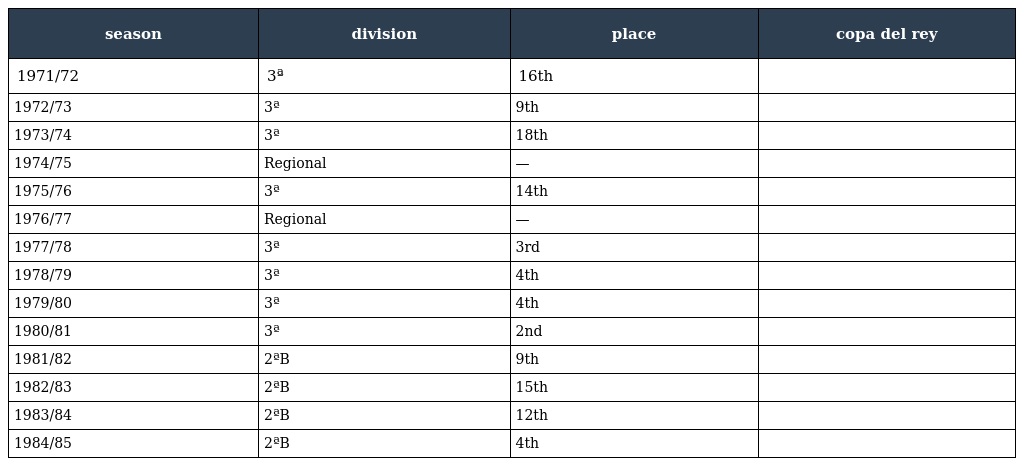
| season | division | place | copa del rey |
 | --- | --- | --- | --- |
 | 1971/72 | 3ª | 16th |  |
 | 1972/73 | 3ª | 9th |  |
 | 1973/74 | 3ª | 18th |  |
 | 1974/75 | Regional | — |  |
 | 1975/76 | 3ª | 14th |  |
 | 1976/77 | Regional | — |  |
 | 1977/78 | 3ª | 3rd |  |
 | 1978/79 | 3ª | 4th |  |
 | 1979/80 | 3ª | 4th |  |
 | 1980/81 | 3ª | 2nd |  |
 | 1981/82 | 2ªB | 9th |  |
 | 1982/83 | 2ªB | 15th |  |
 | 1983/84 | 2ªB | 12th |  |
 | 1984/85 | 2ªB | 4th |  |